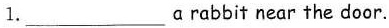
1.___ a rabbit near the door.